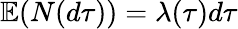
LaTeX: \mathbb{E}(N(d\tau))=\lambda(\tau)d\tau